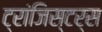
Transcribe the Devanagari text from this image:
ट्रांजिस्टर्स